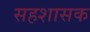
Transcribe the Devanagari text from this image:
सहशासक